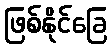
ဖြစ်နိုင်ခြေ